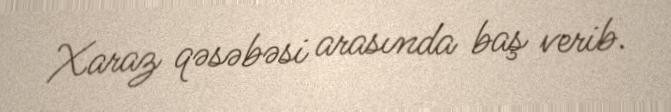
Xaraz qəsəbəsi arasında baş verib.